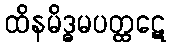
ထိနမိဒ္ဓမပတ္ထဋေ